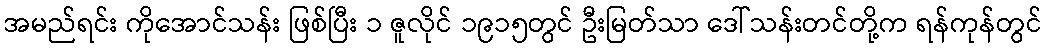
အမည်ရင်း ကိုအောင်သန်း ဖြစ်ပြီး ၁ ဇူလိုင် ၁၉၁၅တွင် ဦးမြတ်သာ ဒေါ်သန်းတင်တို့က ရန်ကုန်တွင်